Notes on the propagation and cultivation of the medicinal cinchonas, or Peruvian bark trees
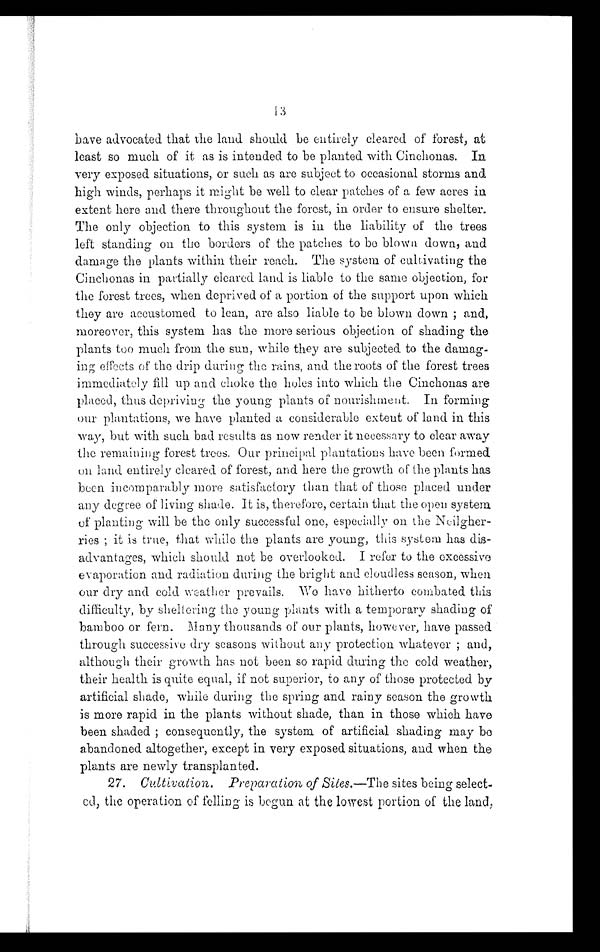
13
have advocated that the land should be entirely cleared of forest, at
least so much of it as is intended to be planted with Cinchonas. In
very exposed situations, or such as are subject to occasional storms and.
high winds, perhaps it might be well to clear patches of a few acres in
extent here and there throughout the forest, in order to ensure shelter.
The only objection to this system is in the liability of the trees
left standing on the borders of the patches to be blown down, and
damage the plants within their reach. The system of cultivating the
Cinchonas in partially cleared land is liable to the same objection, for
the forest trees, when deprived of a portion of the support upon which
they are accustomed to lean, are also liable to be blown down ; and,
moreover, this system has the more serious objection of shading the
plants too much from the sun, while they are subjected to the damag-
ing effects of the drip during the rains, and the roots of the forest trees
immediately fill up and choke the holes into which the Cinchonas are
placed, thus depriving the young plants of nourishment. In forming
our plantations, we have planted a considerable extent of land in this
way, but with such bad results as now render it necessary to clear away
the remaining forest trees. Our principal plantations have been formed
on land entirely cleared of forest, and here the growth of the plants has
been incomparably more satisfactory than that of those placed under
any degree of living shade. It is, therefore, certain that the open system
of planting will be the only successful one, especially on the Neilgher-
ries ; it is true, that while the plants are young, this system has dis-
advantages, which should not be overlooked. I refer to the excessive
evaporation and radiation during the bright and cloudless season, when
our dry and cold weather prevails. We have hitherto combated this
difficulty, by sheltering the young plants with a temporary shading of
bamboo or fern. Many thousands of our plants, however, have passed
through successive dry seasons without any protection whatever ; and,
although their growth has not been so rapid during the cold weather,
their health is quite equal, if not superior, to any of those protected by
artificial shade, while during the spring and rainy season the growth
is more rapid in the plants without shade, than in those which have
been shaded ; consequently, the system of artificial shading may be
abandoned altogether, except in very exposed situations, and when the
plants are newly transplanted.
27. Cultivation. Preparation of Sites.—The sites being select-
ed, the operation of felling is begun at the lowest portion of the land,